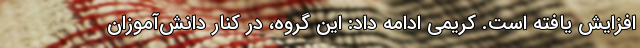
افزایش یافته است. کریمی ادامه داد: این گروه، در کنار دانش‌آموزان